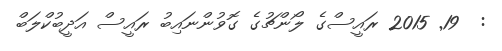
:  19